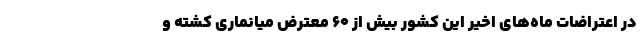
در اعتراضات ماه‌های اخیر این کشور بیش از 60 معترض میانماری کشته و